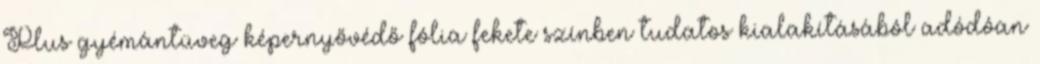
Plus gyémántüveg képernyővédő fólia fekete színben tudatos kialakításából adódóan